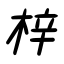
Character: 梓